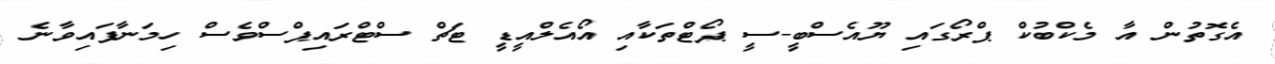
އެގޮތުން އާ މެކްބުކް ޕްރޯގައި ޔޫއެސްބީ-ސީ ޕޯޓްތަކާއި އޯއެލްއީޑީ ޓަޗް ސްޓްރައިޕްސްވެސް ހިމަނާފައިވާނެ